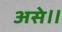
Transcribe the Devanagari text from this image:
असे॥